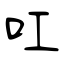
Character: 叿